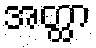
အတ္ထာ